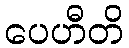
ပေဟီတိ